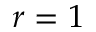
r = 1